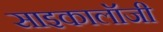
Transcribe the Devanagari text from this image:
साइकालॉजी